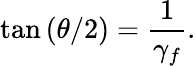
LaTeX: \tan{(\theta/2)}=\frac{1}{\gamma_{f}}.